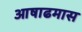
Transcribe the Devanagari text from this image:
आषाढमास